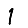
Digit: 1